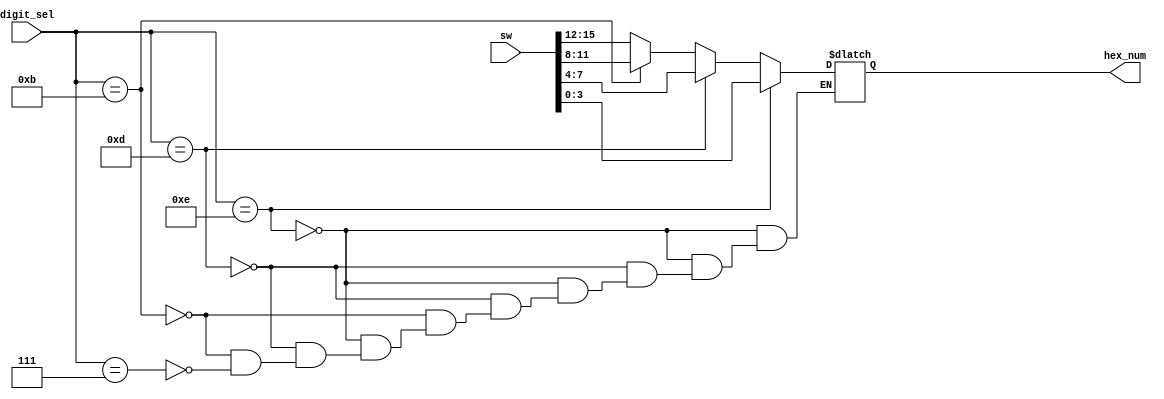
`timescale 1ns / 1ps

module hex_num_gen_matrix(
    input [15:0] sw,
    input [3:0] digit_sel,
    output reg [3:0] hex_num
    );
    // for simulation
    //initial
    //    hex_num = 4'b1110;
    
    // check witch anode digit_sel is
    // then assign its switches (sw[15:0])
    always@ *
    begin
        if (digit_sel == 4'b1110) hex_num = sw[3:0];
        else if (digit_sel == 4'b1101) hex_num = sw[7:4];
        else if (digit_sel == 4'b1011) hex_num = sw[11:8];
        else if (digit_sel == 4'b0111) hex_num = sw[15:12];
    end
    
endmodule